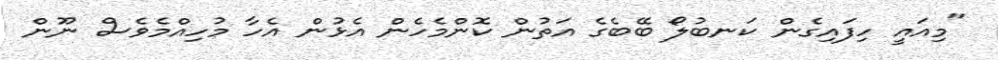
"މިއައީ ހިފައިގެން ކަނބުލޯ ބޭބެގެ އަތުން ކޮންމެހެން އެޅުން އެހާ މުހިއްމެވެސް ނޫން